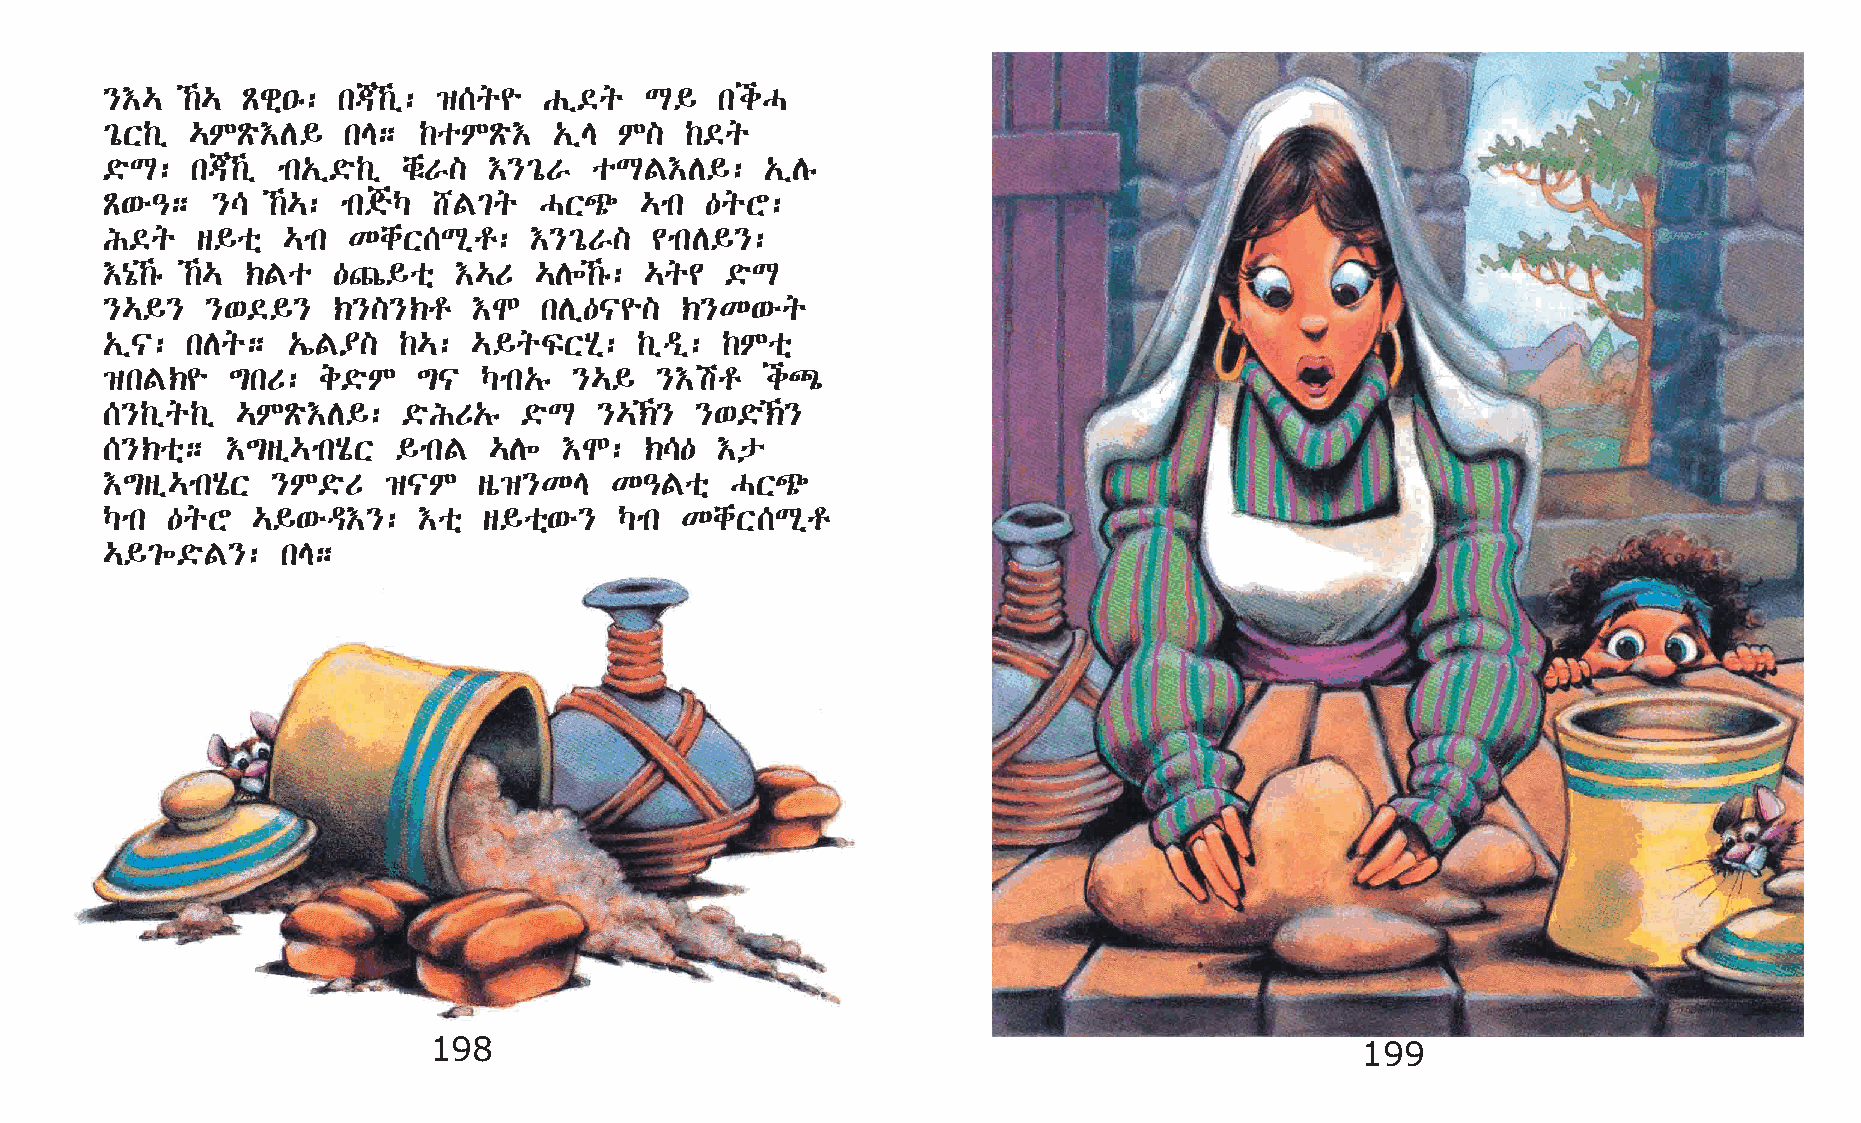
}†…  ‰… Ãgñ•ê: k®‰ï: ›[q¨  Gï©q   L§   kiH
 ²óX‰ï …MÃö†D§   kE;  ‰oMÃö†   „ïE M]  ‰©q
 ©öL:  k®‰ï mk„ï©ö‰ï chëV] †}²óV oLF†D§:    „ïDê
 Ã‘é–;  }\  ‰…: mk°Š  _F²q   HX¿   …mk  —qY:
 I©q   s§oñ  …mk KchX[Lðr:   †}²óV]  ¢mkD§}:
 †{ó‰ê ‰… ‹Fo —»§oñ   †…U  …D÷‰ê: …q¢  ©öL
 }…§}   }‘©§}   ‹}]}‹r   †N   kDï—|¨]  ‹}K‘éq
 „ï|: kDq;   „íF¥]  ‰…:  …§qÏXAð:   ‰ïªï: ‰Moñ
 ›kF‹¨   ´kU:  e©öM   ´|  Šmk„ê }…§  }†ar   i½
 [}‰ïq‰ï  …MÃö†D§:   ©öIU„ê  ©öL  }…‹} }‘©ö‹}
 [}‹oñ;  †´sï…mkAôX §mkF  …D÷  †N:   ‹\—  †p
 †´sï…mkAôX }M©öU  ›|M    sò›}KE  K–Foñ   HX¿
 Šmk —qY   …§‘éª†}:   †oñ s§oñ‘é}  Šmk KchX[Lðr
 …§²÷©öF}:   kE;
 198                                                           199